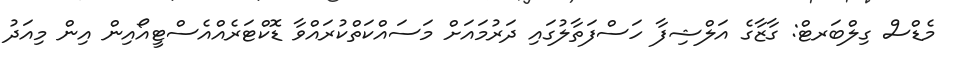
މެޑްސް ގިލްބަރޓް: ގާޒާގެ އަލްޝިފާ ހަސްފަތާލުގައި ދަރުމައަށް މަސައްކަތްކުރައްވާ ޑޮކްޓަރެއްއެސްޓީއޯއިން އިން މިއަދު